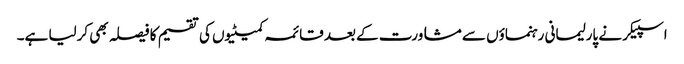
اسپیکر نے پارلیمانی رہنماؤں سے مشاورت کے بعد قائمہ کمیٹیوں کی تقسیم کا فیصلہ بھی کرلیا ہے۔